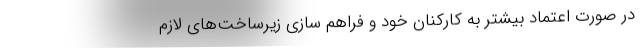
در صورت اعتماد بیشتر به کارکنان خود و فراهم سازی زیرساخت‌های لازم